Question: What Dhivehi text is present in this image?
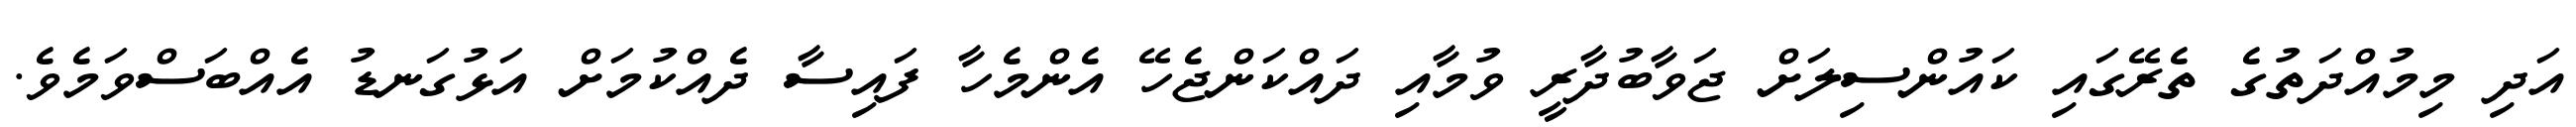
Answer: އަދި މިމުއްދަތުގެ ތެރޭގައި ކައުންސިލަށް ޖަވާބުދާރީ ވުމާއި ދައްކަންޖެހޭ އެންމެހާ ފައިސާ ދެއްކުމަށް އަޅުގަނޑު އެއްބަސްވަމެވެ.